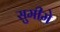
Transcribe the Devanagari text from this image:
सुमीमे